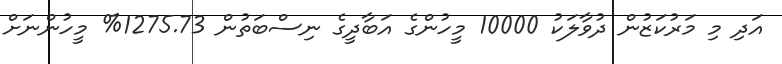
އަދި މި މަރުކަޒުން ދުވާލަކު 10000 މީހުންގެ އަބާދީގެ ނިސްބަތުން 1275.73% މީހުންނަށް